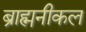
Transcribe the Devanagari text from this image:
ब्राह्मनीकल